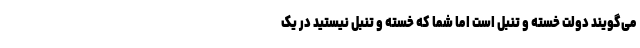
می‌گویند دولت خسته و تنبل است اما شما که خسته و تنبل نیستید در یک